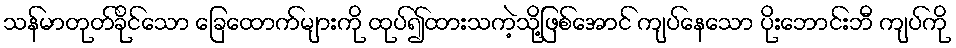
သန်မာတုတ်ခိုင်သော ခြေထောက်များကို ထုပ်၍ထားသကဲ့သို့ဖြစ်အောင် ကျပ်နေသော ပိုးဘောင်းဘီ ကျပ်ကို